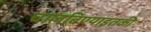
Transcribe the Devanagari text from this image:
चालविण्याइतकी